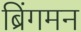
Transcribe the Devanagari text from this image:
ब्रिंगमन